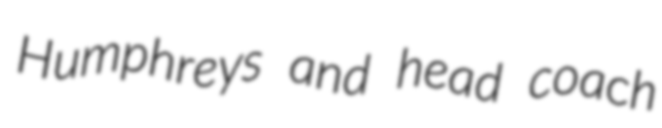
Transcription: Humphreys and head coach